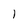
Character: l